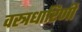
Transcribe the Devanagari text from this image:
वस्त्रधारिणी